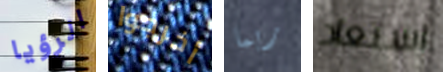
الرؤيا أخرجوا ربما استعاد